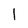
Character: l